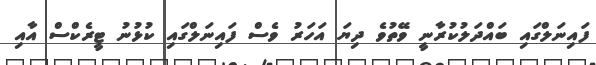
ފައިނަލްގައި ބައްދަލުކުރާނީ ވޭތުވެ ދިޔަ އަހަރު ވެސް ފައިނަލްގައި ކުޅުނު ޓީރެކްސް އާއި